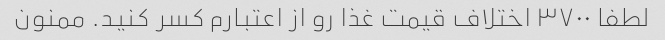
لطفا ۳۷۰۰ اختلاف قیمت غذا رو از اعتبارم کسر کنید. ممنون